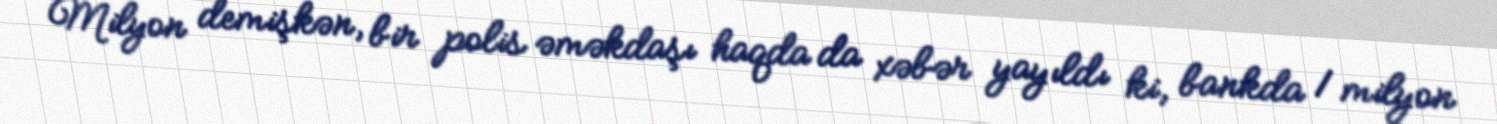
Milyon demişkən, bir polis əməkdaşı haqda da xəbər yayıldı ki, bankda 1 milyon